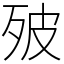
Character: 㱟